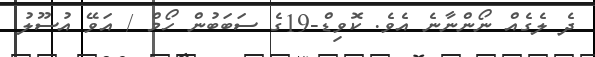
ދެ ލެގެއް ނޯންނާނެ އެވެ. ކޮވިޑް-19ގެ ސަބަބުން ހޯމް / އަވޭ އުސޫލު